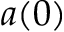
a ( 0 )